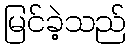
မြင်ခဲ့သည်